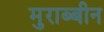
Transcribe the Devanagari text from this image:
मुराब्बीन